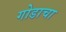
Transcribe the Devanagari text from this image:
गोडाचा